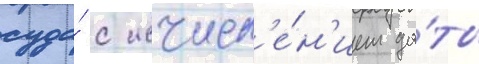
суда́ с исчисл'е́н'ием да́ты